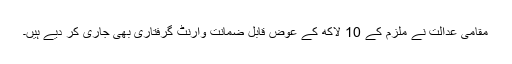
مقامی عدالت نے ملزم کے 10 لاکھ کے عوض قابل ضمانت وارنٹ گرفتاری بھی جاری کر دیے ہیں۔